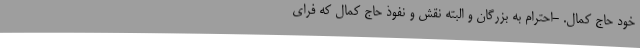
خود حاج کمال. -احترام به بزرگان و البته نقش و نفوذ حاج کمال که فرای